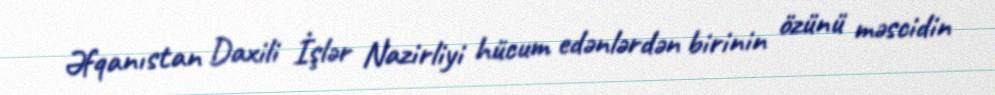
Əfqanıstan Daxili İşlər Nazirliyi hücum edənlərdən birinin özünü məscidin